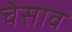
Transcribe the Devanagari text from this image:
चेसाव